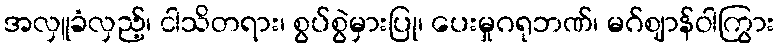
အလှူခံလှည့်၊ ငါသိတရား၊ စွပ်စွဲမှားပြု၊ ပေးမှုဂရုဘဏ်၊ မဂ်ဈာန်ဝါကြွား